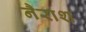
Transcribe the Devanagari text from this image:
नैराश